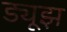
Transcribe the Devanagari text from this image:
ड्यूझ